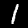
Label: 1